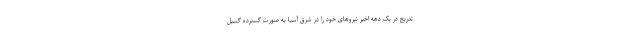
تدریج در یک دهه اخیر نیروهای خود را در شرق آسیا به صورت گسترده گسیل